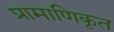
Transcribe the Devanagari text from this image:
प्रामाणिकृत